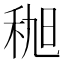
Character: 𫀯